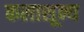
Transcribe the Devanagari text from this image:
कलाशून्य